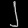
Digit: ၂